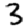
Digit: 3